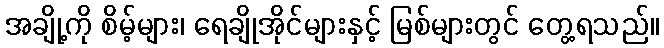
အချို့ကို စိမ့်များ၊ ရေချိုအိုင်များနှင့် မြစ်များတွင် တွေ့ရသည်။